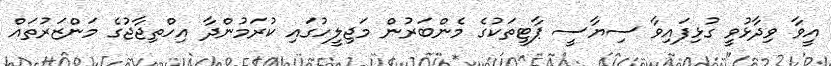
އީވާ ވިދާޅުވީ ގުޅިފައިވާ ސިޔާސީ ޕާޓީތަކުގެ މެންބަރުން މަޖިލީހުގައި ކުރަމުންދާ އިހްތިޖާޖުގެ މަންޒަރުތައް